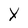
Character: X